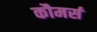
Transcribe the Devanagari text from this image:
कौमर्स